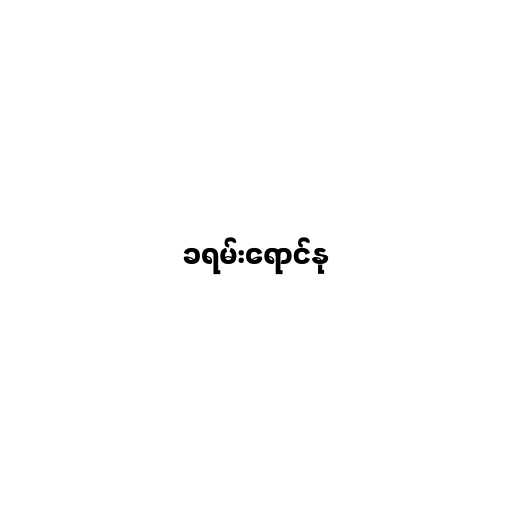
ခရမ်းရောင်နု